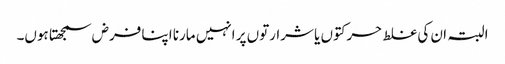
البتہ ان کی غلط حرکتوں یا شرارتوں پر انہیں مارنا اپنا فرض سمجھتا ہوں۔